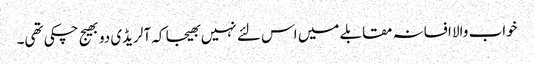
خواب والا افسانہ مقابلے میں اس لئے نہیں بھیجا کہ آلریڈی دو بھیج چکی تھی۔